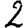
Digit: 2